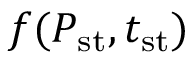
f ( P _ { \mathrm { s t } } , t _ { \mathrm { s t } } )